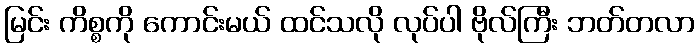
မြင်း ကိစ္စကို ကောင်းမယ် ထင်သလို လုပ်ပါ ဗိုလ်ကြီး ဘတ်တလာ